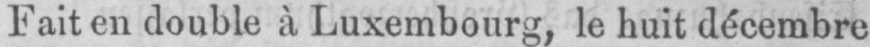
Fait en double à Luxembourg, le huit décembre